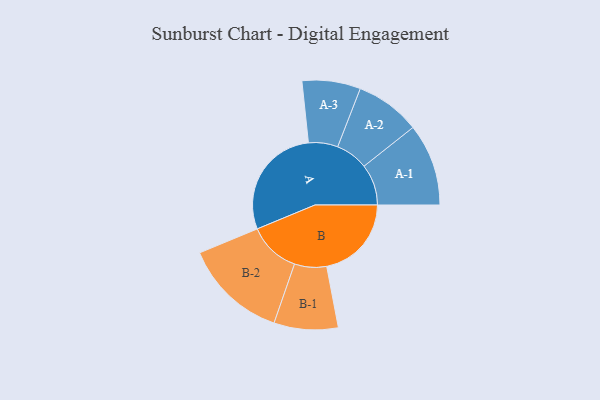
{"axis": {"x": "Segment", "y": "Value"}, "legend": ["", "A", "B"], "data": [{"x": "A", "y": 480, "type": ""}, {"x": "B", "y": 357, "type": ""}, {"x": "A-1", "y": 173, "type": "A"}, {"x": "A-2", "y": 137, "type": "A"}, {"x": "A-3", "y": 123, "type": "A"}, {"x": "B-1", "y": 135, "type": "B"}, {"x": "B-2", "y": 218, "type": "B"}]}